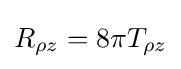
R_{\rho z}=8\pi T_{\rho z}